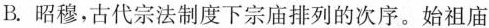
B.昭穆，古代宗法制度下宗庙排列的次序。始祖庙